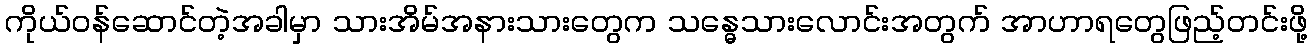
ကိုယ်ဝန်ဆောင်တဲ့အခါမှာ သားအိမ်အနားသားတွေက သန္ဓေသားလောင်းအတွက် အာဟာရတွေဖြည့်တင်းဖို့